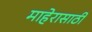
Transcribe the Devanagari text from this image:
माहेरासाठी